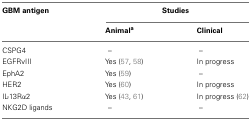
| GBM antigen | <COLSPAN=2> Studies |
 |  | Animala | Clinical |
 | --- | --- | --- |
 | CSPG4 | – | – |
 | EGFRvIII | Yes (57, 58) | In progress |
 | EphA2 | Yes (59) | – |
 | HER2 | Yes (60) | In progress |
 | IL-13Rα2 | Yes (43, 61) | In progress (62) |
 | NKG2D ligands | – | – |